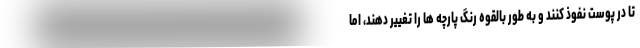
تا در پوست نفوذ کنند و به طور بالقوه رنگ پارچه ها را تغییر دهند، اما